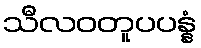
သီလဝတူပပန္နံ